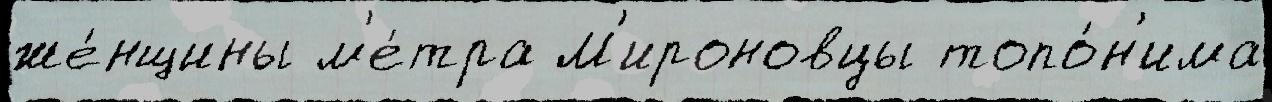
же́нщины м'е́тра М'ироновцы топо́н'има